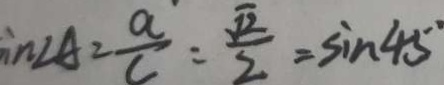
i n \angle A = \frac { a } { c } = \frac { \sqrt { 2 } } { 2 } = \sin 4 5 ^ { \circ }